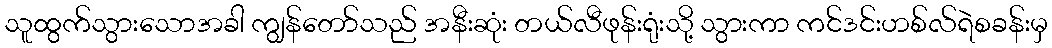
သူထွက်သွားသောအခါ ကျွန်တော်သည် အနီးဆုံး တယ်လီဖုန်းရုံးသို့ သွားကာ ကင်ဒင်းဟစ်လ်ရဲစခန်းမှ